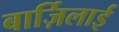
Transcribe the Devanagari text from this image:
बार्ज़िलाई